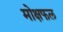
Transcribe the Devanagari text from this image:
मोक्षफल